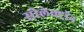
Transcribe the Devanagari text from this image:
सोलेक्ट्रॉन